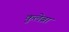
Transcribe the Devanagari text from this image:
कुलेब्रा